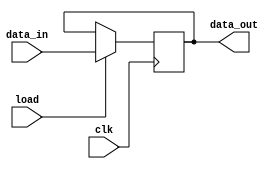
module PIPO (data_out, data_in, load, clk);
input [15:0] data_in;
input load, clk;
output reg [15:0] data_out;
always @ (posedge clk)
if (load) 
data_out <= data_in; 
endmodule